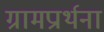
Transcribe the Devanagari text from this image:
ग्रामप्रार्थना